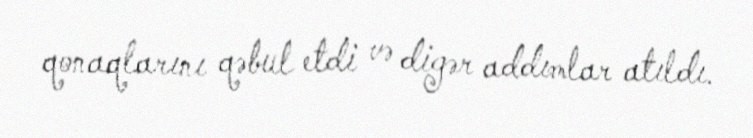
qonaqlarını qəbul etdi və digər addımlar atıldı.